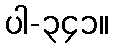
ပါ-၃၄၁။